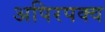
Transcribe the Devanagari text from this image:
अपिरपक्व